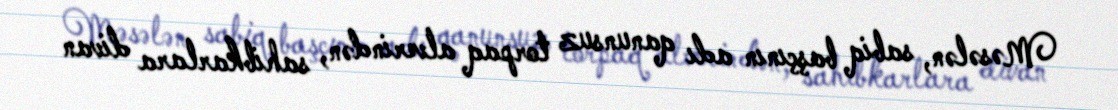
Məsələn, sabiq başçının adı qanunsuz torpaq alverindən, sahibkarlara divan